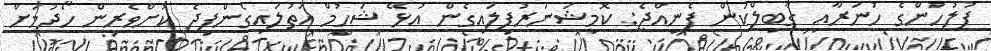
ފުލުހުންގެ ހުނަރާއި ގާބިލްކަން ފެނިއްޖެ: ކޮމިޝަނަރުފިލައިގެން އުޅޭ ޝަހުމް އަތުލައިގެންފިދެ ކުށްވެރިން ހޯދުމަށް